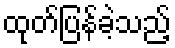
ထုတ်ပြန်ခဲ့သည့်